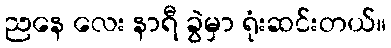
ညနေ လေး နာရီ ခွဲမှာ ရုံးဆင်းတယ်။